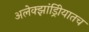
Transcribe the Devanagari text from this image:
अलेक्झांड्रिीयातच